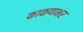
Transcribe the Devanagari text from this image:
काकणभर